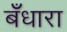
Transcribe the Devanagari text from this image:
बँधारा